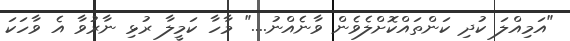
"އަމިއްލަ ކުދި ކަންތައްކޮށްލެވެން ވާނެއްނު...." މާހާ ކަމީލާ ރުޅި ނާރުވާ އެ ވާހަކަ